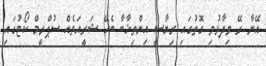
އޭނާ ރޭ ވިދާޅުވި ގޮތުގައި ރިޔާސީ އިންތިޚާބާ ބެހޭ ޝަރީއަތެއް ސުޕްރީމް ކޯޓުގައި